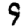
Digit: 9